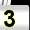
Digit: 3